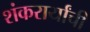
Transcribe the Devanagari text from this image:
शंकरार्यांची